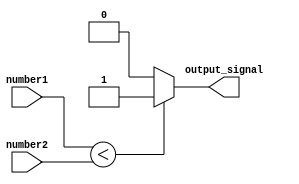
module less_than_comparator (
  input [7:0] number1,
  input [7:0] number2,
  output reg output_signal
);

  always @* begin
    if (number1 < number2) begin
      output_signal = 1;
    end
    else begin
      output_signal = 0;
    end
  end

endmodule